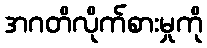
အဂတိလိုက်စားမှုကို